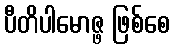
ပီတိပါမောဇ္ဖ ဖြစ်စေ